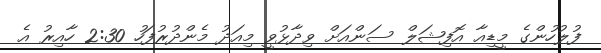
ފުލުހުންގެ މީޑިއާ އޮފިޝަލް ސަންއަށް ވިދާޅުވީ މިއަދު މެންދުރުފަހު 2:30 ހާއިރު އެ